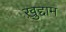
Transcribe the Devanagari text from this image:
ख़ुद्दाम